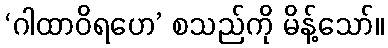
‘ဂါထာဝိရဟေ’ စသည်ကို မိန့်သော်။